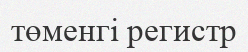
төменгі регистр